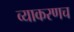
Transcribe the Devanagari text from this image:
व्याकरणच